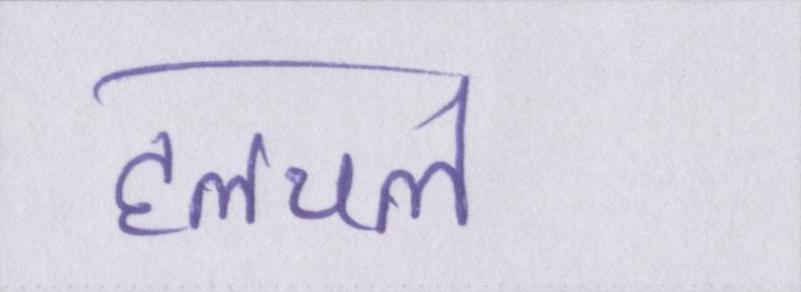
हलचल